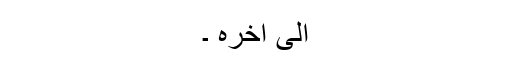
الیٰ آخرہِ ۔